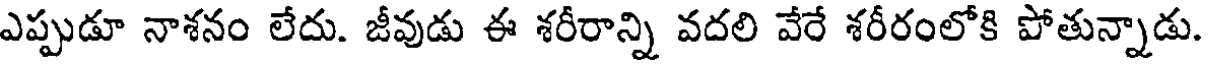
ఎప్పుడూ నాశనం లేదు. జీవుడు ఈ శరీరాన్ని వదలి వేరే శరీరంలోకి పోతున్నాడు.